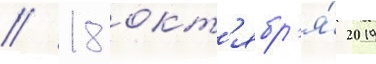
// 18 окт'ябр'я́ 2019